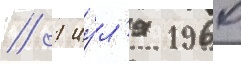
// 1 иу́л'я 1960